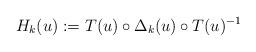
LaTeX: \begin{align*} H_k(u) := T(u) \circ \Delta_k(u) \circ T(u)^{-1}\end{align*}